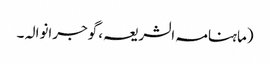
(ماہنامہ الشریعہ، گوجرانوالہ ۔